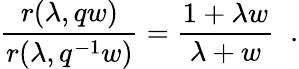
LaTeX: \frac{r(\lambda,qw)}{r(\lambda,q^{-1}w)}=\frac{1+\lambda w}{\lambda+w}\; \; .